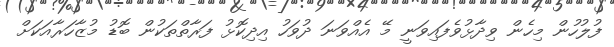
ފުލުހުން މިހެން ވިދާޅުވެފައިވަނީ މޭ އެއްވަނަ ދުވަހު އިދިކޮޅު ފަރާތްތަކުން ބޮޑު މުޒާހަރާއަކަށް